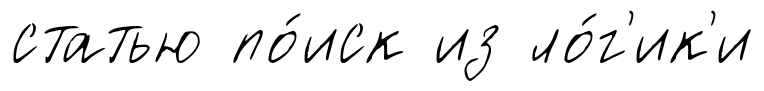
статью по́иск из ло́г'ик'и